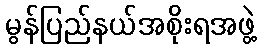
မွန်ပြည်နယ်အစိုးရအဖွဲ့